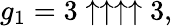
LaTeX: g_{1}=3\uparrow\uparrow\uparrow\uparrow 3,